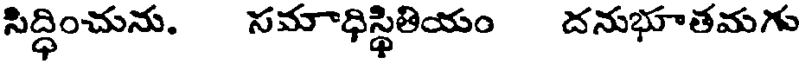
సిద్ధించును. సమాధిస్థితియం దనుభూతమగు